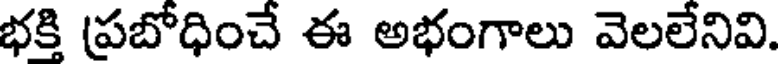
భకి ప్రబోధించే ఈ అభంగాలు వెలలేనివి.